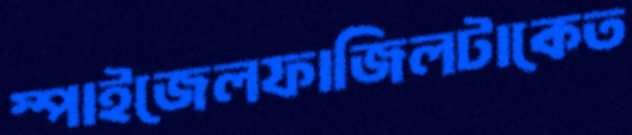
স্পাইজেলফাজিলটাকেত